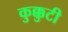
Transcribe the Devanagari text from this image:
कुक्कुटी